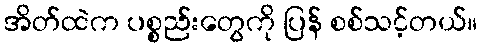
အိတ်ထဲက ပစ္စည်းတွေကို ပြန် စစ်သင့်တယ်။